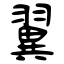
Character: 翼